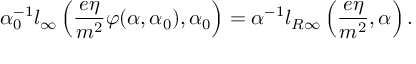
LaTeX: \alpha _ { 0 } ^ { - 1 } l _ { \infty } \left( \frac { e \eta } { m ^ { 2 } } \varphi ( \alpha , \alpha _ { 0 } ) , \alpha _ { 0 } \right) = \alpha ^ { - 1 } l _ { R \infty } \left( \frac { e \eta } { m ^ { 2 } } , \alpha \right) .